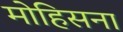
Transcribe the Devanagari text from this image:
मोहिसना